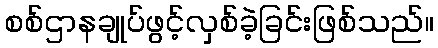
စစ်ဌာနချုပ်ဖွင့်လှစ်ခဲ့ခြင်းဖြစ်သည်။